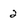
Character: 2